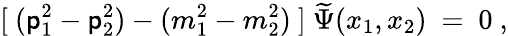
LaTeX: [\ (\mathsf{p}_{1}^{2}-\mathsf{p}_{2}^{2})-(m_{1}^{2}-m_{2}^{2})\ ]\ \widetilde{\Psi}(x_{1},x_{2})\ =\ 0\ ,